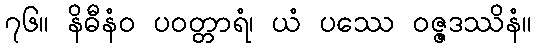
၇၆။ နိဓီနံဝ ပဝတ္တာရံ၊ ယံ ပဿေ ဝဇ္ဇဒဿိနံ။